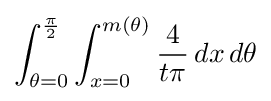
\int _{\theta =0}^{\frac {\pi }{2}}\int _{x=0}^{m(\theta )}{\frac {4}{t\pi }}\,dx\,d\theta